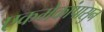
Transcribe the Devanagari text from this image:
एकमेकांपासुन